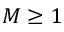
M \ge 1